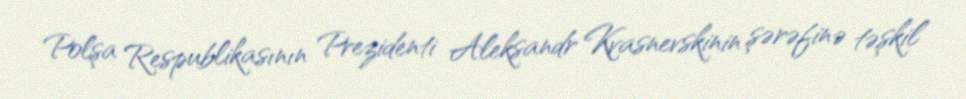
Polşa Respublikasının Prezidenti Aleksandr Kvasnevskinin şərəfinə təşkil